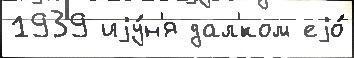
1939 иjу́н'я дал'́ком еjо́